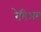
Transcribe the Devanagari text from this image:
रेगिअस